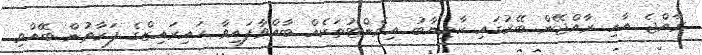
ރާއްޖެ އާއި ރާއްޖޭން ބޭރުގައި ކާމިޔާބު އިވެންޓުތަކެއް ބާއްވާފައިވާ ހައިރައިޒްގެ ފަރާތުން ބޭއްވި